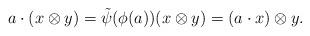
LaTeX: \begin{align*}a \cdot(x \otimes y) = \tilde\psi(\phi(a))(x \otimes y) = (a \cdot x) \otimes y.\end{align*}